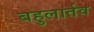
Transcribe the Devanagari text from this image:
बहुलार्तव